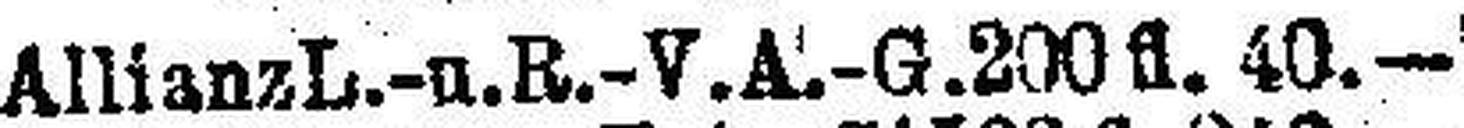
Allianz L.-u. R.-V. A.-G. 200 fl. 40.—